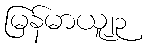
မြန်မာယူ၂၃